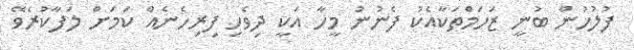
ފުލުހުން ބުނީ ޒަހަމްތަކާއެކު ފެނުނު މީހާ އަކީ ދިވެހި ފިރިހެނެއް ކަމަށް ލަފާކުރެވޭ